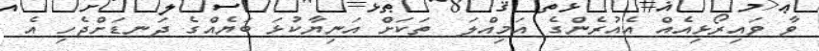
ވާ ވައިރޯޅިއެއް އެއުރެންގެ އަމިއްލަ  ތަކަށް އަނިޔާކުޅަ ބަޔެއްގެ ދަނޑަށްޖެހި އެ